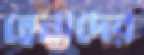
হেনাদের